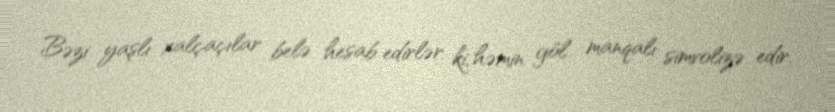
Bəzi yaşlı xalçaçılar belə hesab edirlər ki, həmin göl manqalı simvolizə edir.